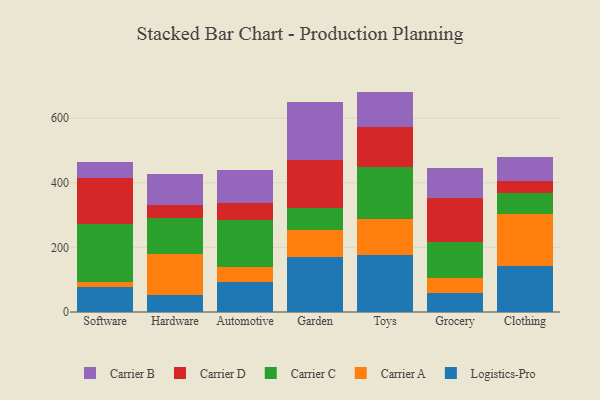
{"axis": {"x": "Category", "y": "Customer Acquisition Cost (USD)"}, "legend": ["Carrier A", "Carrier B", "Carrier C", "Carrier D", "Logistics-Pro"], "data": [{"x": "Software", "y": 77.5, "type": "Logistics-Pro"}, {"x": "Software", "y": 16.3, "type": "Carrier A"}, {"x": "Software", "y": 178.4, "type": "Carrier C"}, {"x": "Software", "y": 142.1, "type": "Carrier D"}, {"x": "Software", "y": 50.5, "type": "Carrier B"}, {"x": "Hardware", "y": 52.2, "type": "Logistics-Pro"}, {"x": "Hardware", "y": 127.3, "type": "Carrier A"}, {"x": "Hardware", "y": 112.1, "type": "Carrier C"}, {"x": "Hardware", "y": 40.2, "type": "Carrier D"}, {"x": "Hardware", "y": 95.4, "type": "Carrier B"}, {"x": "Automotive", "y": 92.6, "type": "Logistics-Pro"}, {"x": "Automotive", "y": 46.7, "type": "Carrier A"}, {"x": "Automotive", "y": 145.9, "type": "Carrier C"}, {"x": "Automotive", "y": 52.8, "type": "Carrier D"}, {"x": "Automotive", "y": 100.7, "type": "Carrier B"}, {"x": "Garden", "y": 170.7, "type": "Logistics-Pro"}, {"x": "Garden", "y": 83.2, "type": "Carrier A"}, {"x": "Garden", "y": 67.0, "type": "Carrier C"}, {"x": "Garden", "y": 150.0, "type": "Carrier D"}, {"x": "Garden", "y": 177.9, "type": "Carrier B"}, {"x": "Toys", "y": 174.9, "type": "Logistics-Pro"}, {"x": "Toys", "y": 112.1, "type": "Carrier A"}, {"x": "Toys", "y": 163.3, "type": "Carrier C"}, {"x": "Toys", "y": 121.2, "type": "Carrier D"}, {"x": "Toys", "y": 110.7, "type": "Carrier B"}, {"x": "Grocery", "y": 58.6, "type": "Logistics-Pro"}, {"x": "Grocery", "y": 48.0, "type": "Carrier A"}, {"x": "Grocery", "y": 108.6, "type": "Carrier C"}, {"x": "Grocery", "y": 138.1, "type": "Carrier D"}, {"x": "Grocery", "y": 93.6, "type": "Carrier B"}, {"x": "Clothing", "y": 143.8, "type": "Logistics-Pro"}, {"x": "Clothing", "y": 158.3, "type": "Carrier A"}, {"x": "Clothing", "y": 66.4, "type": "Carrier C"}, {"x": "Clothing", "y": 36.0, "type": "Carrier D"}, {"x": "Clothing", "y": 74.2, "type": "Carrier B"}]}